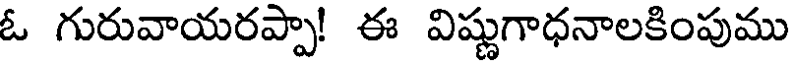
ఓ గురువాయరప్పా! ఈ విష్ణుగాధనాలకింపుము